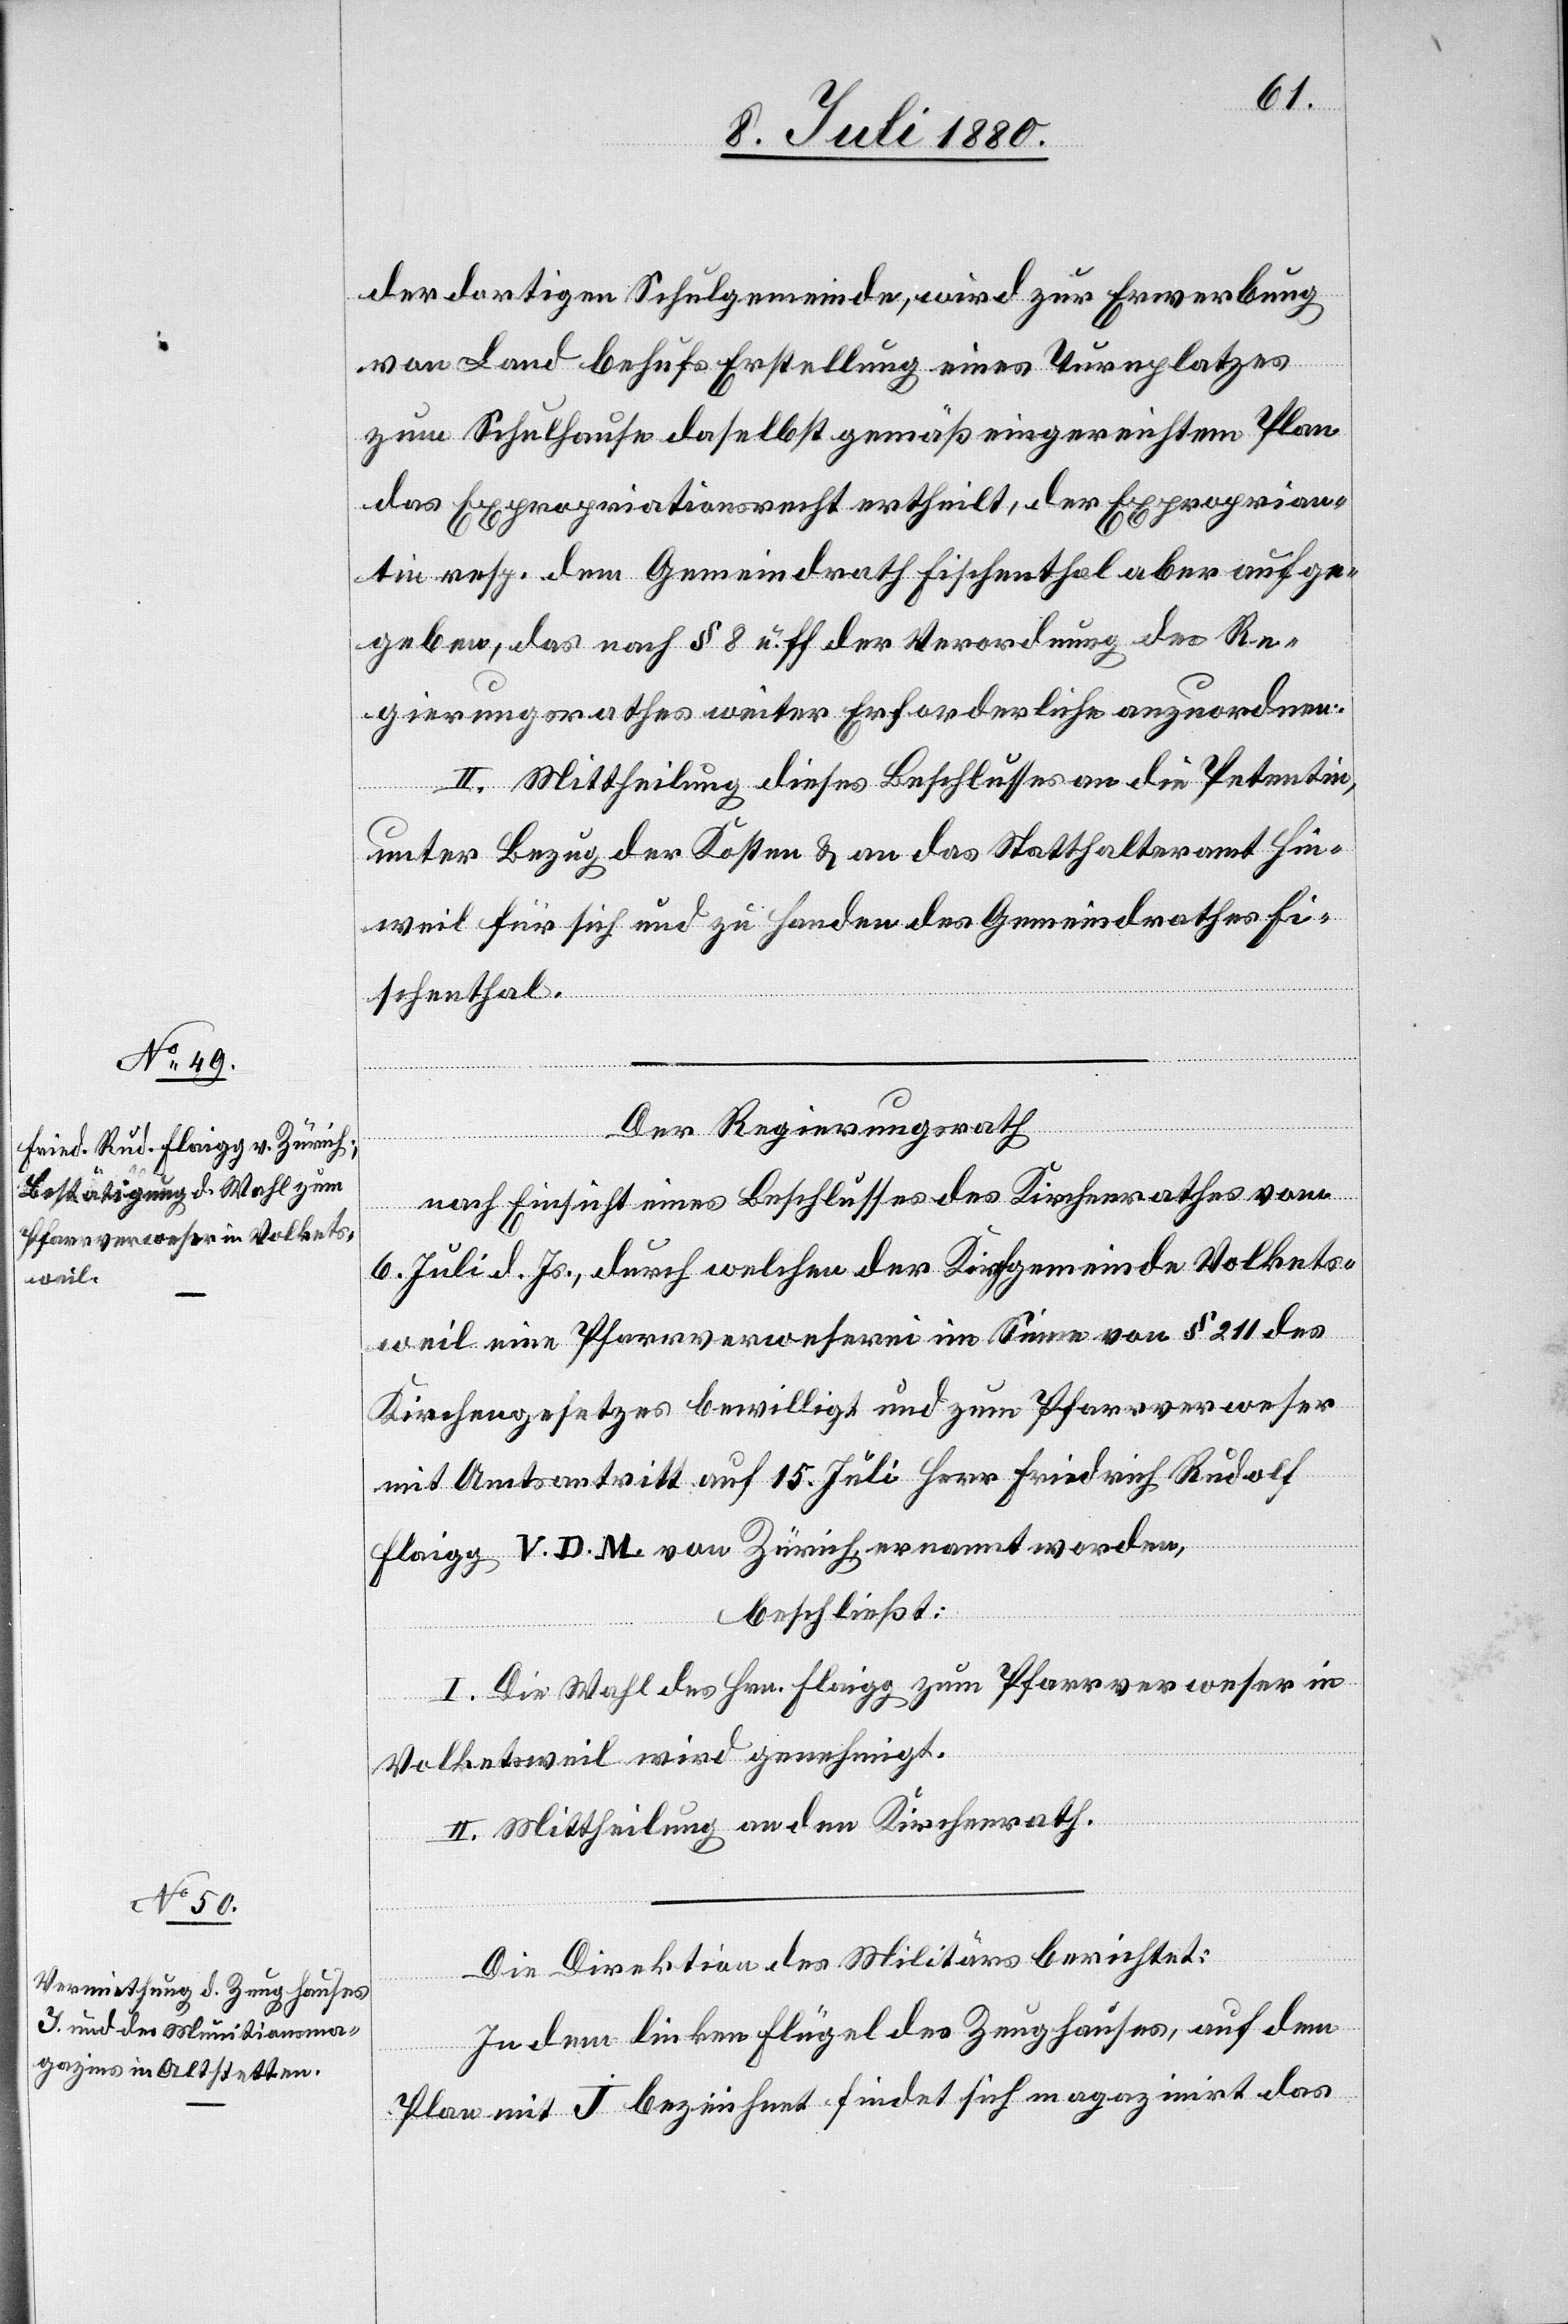
der dortigen Schulgemeinde, wird zur Erwerbung
von Land behufs Erstellung eines Turnplatzes
zum Schulhause daselbst gemäß eingereichtem Plan
das Expropriationsrecht ertheilt, der Exproprian¬
tin resp. dem Gemeindrath Fischenthal aber aufge¬
geben, das nach § 8 u. ff der Verordnung des Re¬
gierungsrathes weiter Erforderliche anzuordnen.
II. Mittheilung dieses Beschlusses an die Petentin,
unter Bezug der Kosten & an das Statthalteramt Hin¬
weil für sich und zu Handen des Gemeindrathes Fi¬
schenthal.
Der Regierungsrath
nach Einsicht eines Beschlusses des Kirchenrathes vom
6. Juli d. Js., durch welchen der Kirchgemeinde Volkets¬
weil eine Pfarrverweserei im Sinne von § 211 des
Kirchengesetzes bewilligt und zum Pfarrverweser
mit Amtsantritt auf 15. Juli Herr Friedrich Rudolf
Flaigg V. D. M. von Zürich, ernannt worden,
beschließt:
I. Die Wahl des Hrn. Flaigg zum Pfarrverweser in
Volketsweil wird genehmigt.
II. Mittheilung an den Kirchenrath.
Die Direktion des Militärs berichtet:
In dem linken Flügel des Zeughauses, auf dem
Plan mit J bezeichnet findet sich magazinirt das